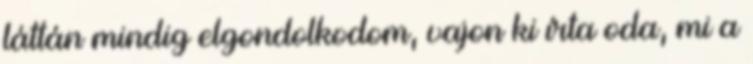
láttán mindig elgondolkodom, vajon ki írta oda, mi a